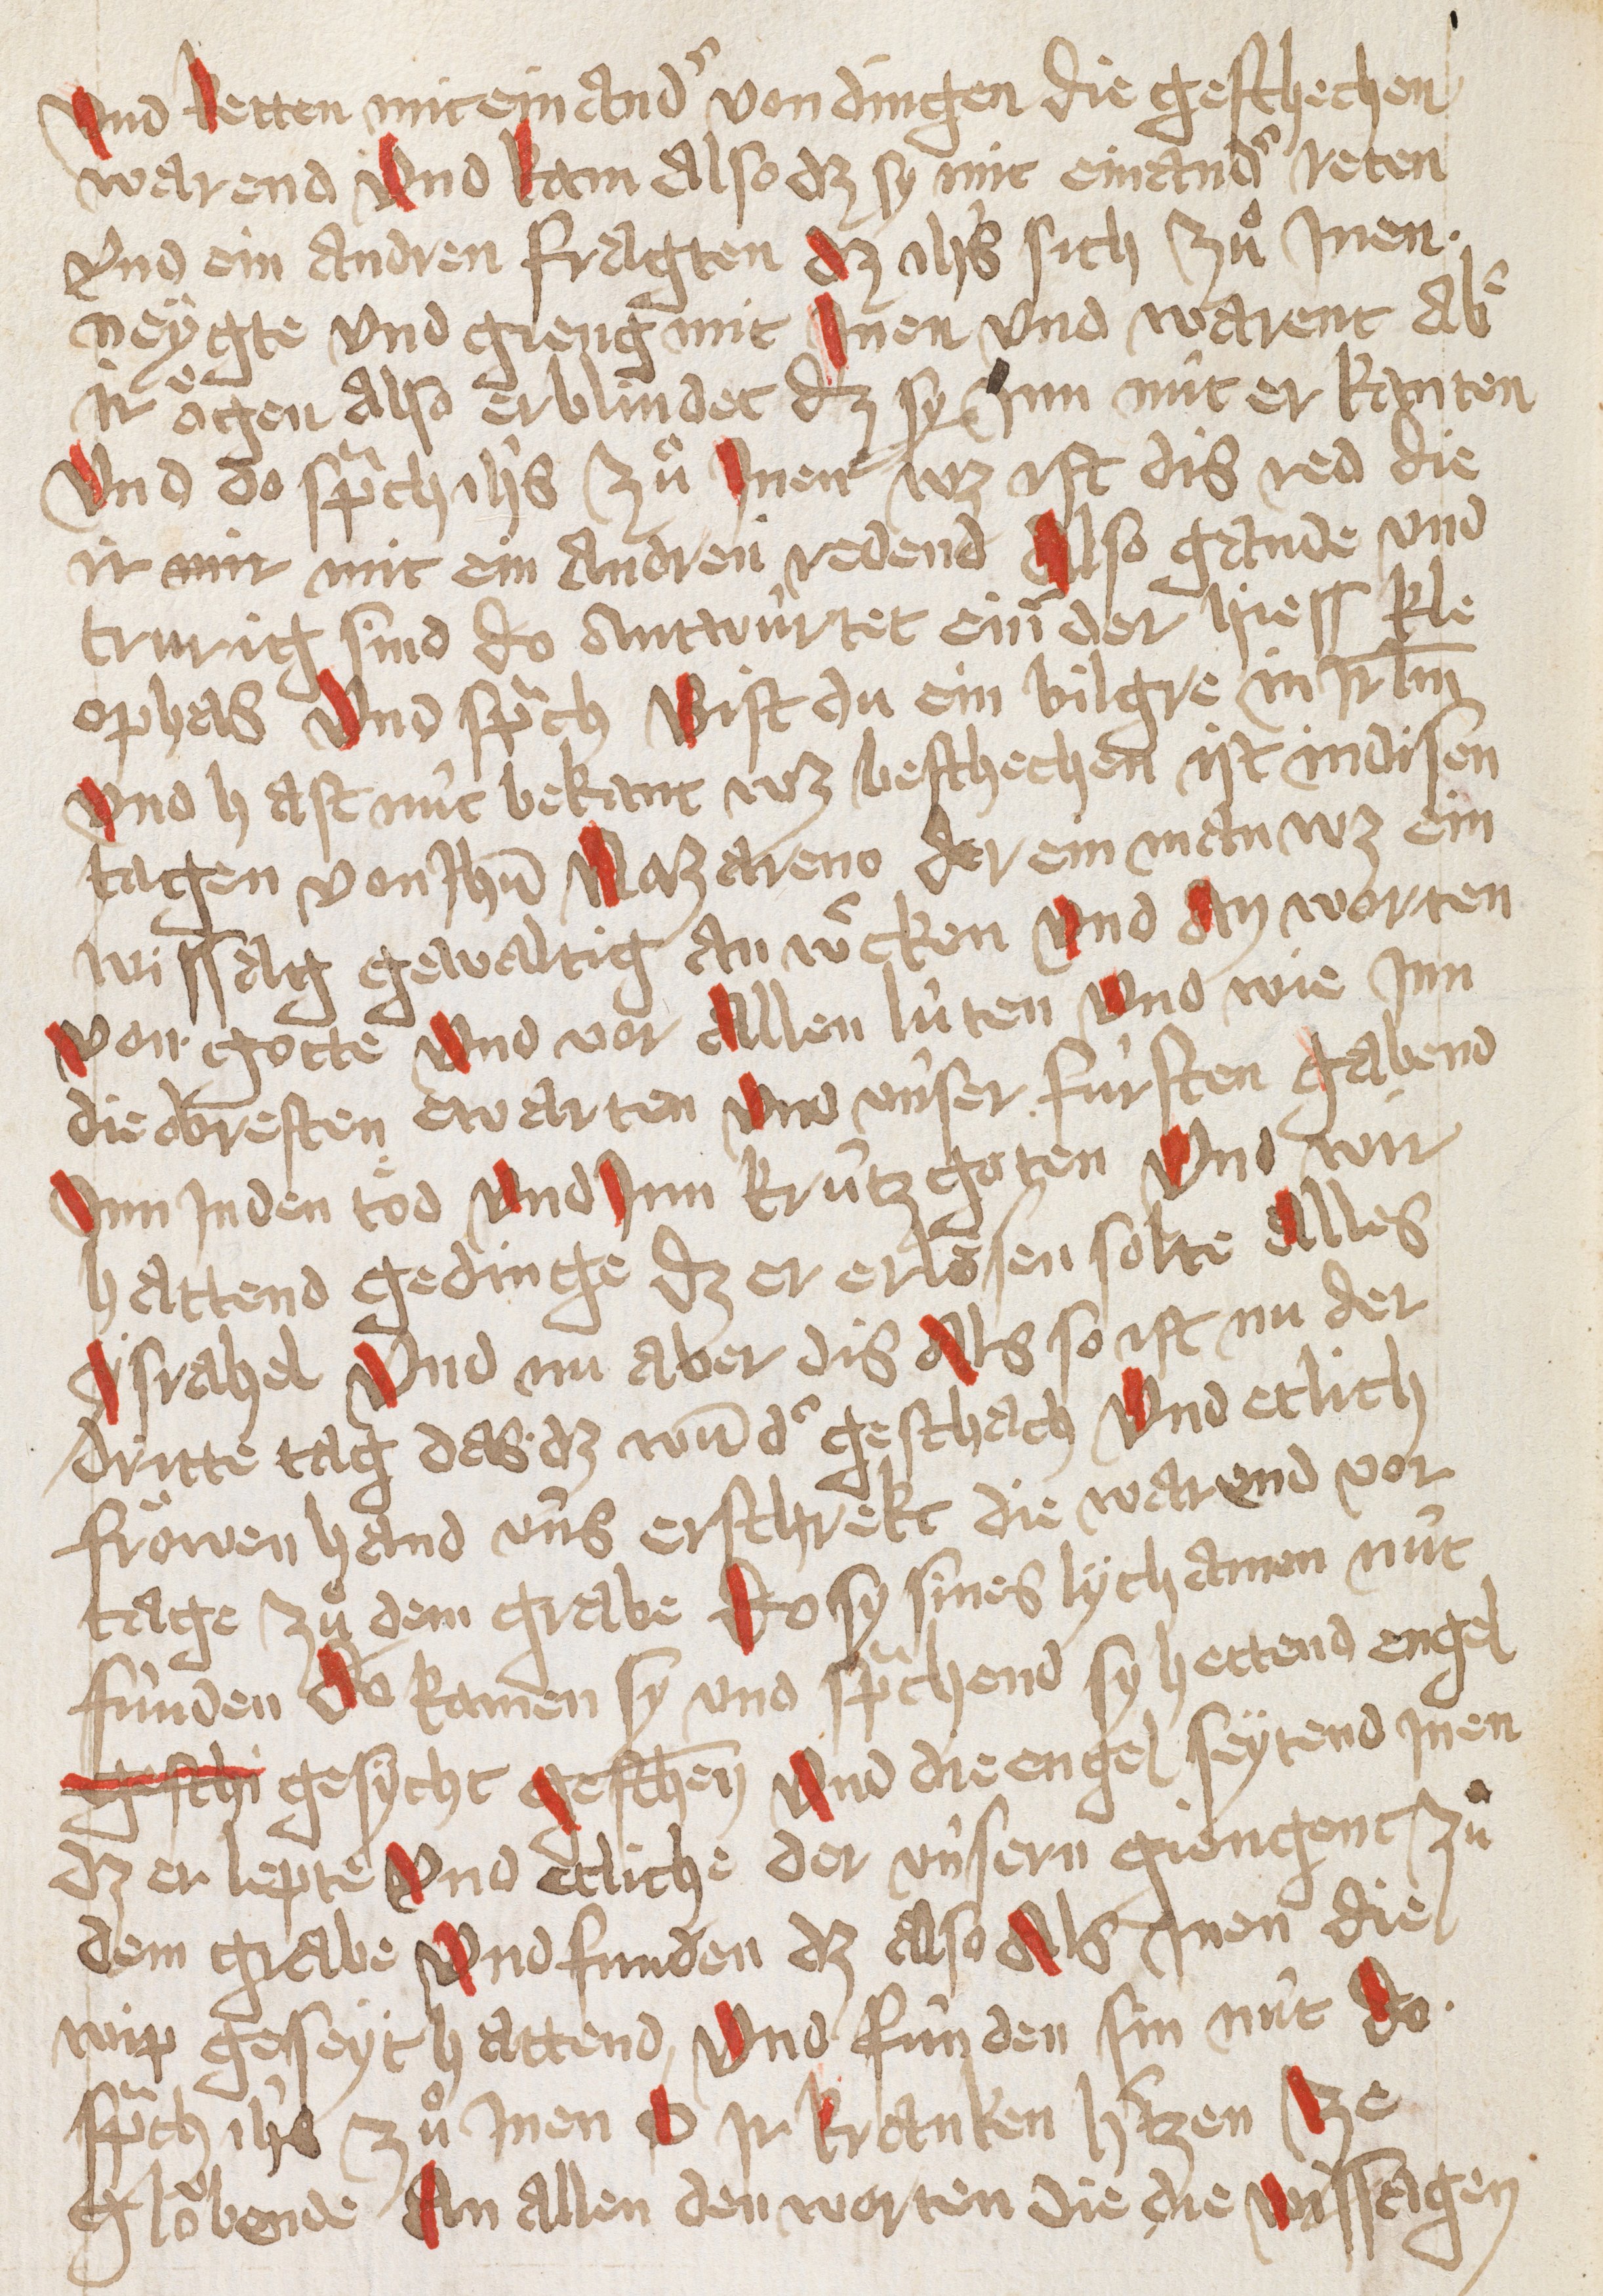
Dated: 1432–1432